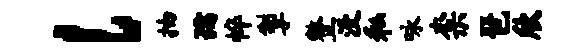
l抽孺悴掣整没私咏柰琶欣